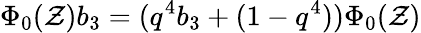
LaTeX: \Phi_{0}(\mathcal{Z})b_{3}=(q^{4}b_{3}+(1-q^{4}))\Phi_{0}(\mathcal{Z})